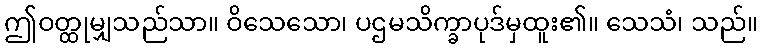
ဤဝတ္ထုမျှသည်သာ။ ဝိသေသော၊ ပဌမသိက္ခာပုဒ်မှထူး၏။ သေသံ၊ သည်။